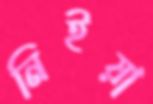
নিইয়া